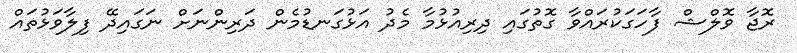
ރޮޖާ ވޮލްޝް ފާހަގަކުރައްވާ ގޮތުގައި ދިރިއުޅުމާ މެދު އަޅުގަނޑުމެން ދަރިންނަށް ނަގައިދޭ ފިލާވަޅުތައް